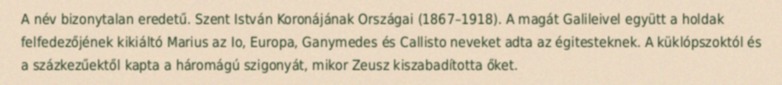
A név bizonytalan eredetű. Szent István Koronájának Országai (1867–1918). A magát Galileivel együtt a holdak felfedezőjének kikiáltó Marius az Io, Europa, Ganymedes és Callisto neveket adta az égitesteknek. A küklópszoktól és a százkezűektől kapta a háromágú szigonyát, mikor Zeusz kiszabadította őket.